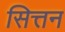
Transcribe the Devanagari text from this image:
सित्तन